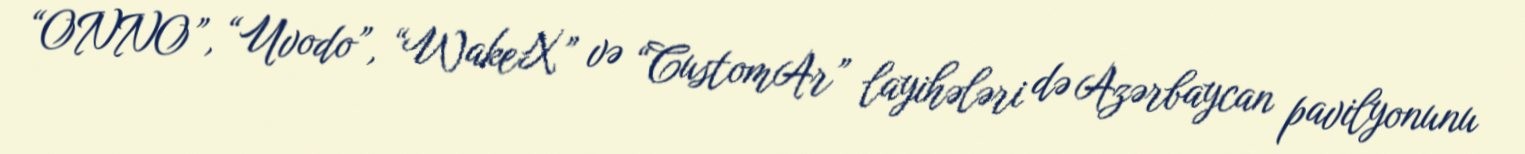
“ONNO”, “Uvodo”, “WakeX” və “CustomAr” layihələri də Azərbaycan pavilyonunu